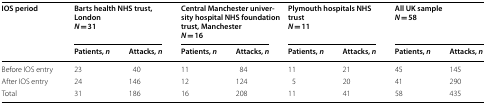
| <ROWSPAN=2> IOS period | <COLSPAN=2> Barts health NHS trust, LondonN = 31 | <COLSPAN=2> Central Manchester university hospital NHS foundation trust, ManchesterN = 16 | <COLSPAN=2> Plymouth hospitals NHS trustN = 11 | <COLSPAN=2> All UK sampleN = 58 |
 | Patients, n | Attacks, n | Patients, n | Attacks, n | Patients, n | Attacks, n | Patients, n | Attacks, n |
 | --- | --- | --- | --- | --- | --- | --- | --- | --- |
 | Before IOS entry | 23 | 40 | 11 | 84 | 11 | 21 | 45 | 145 |
 | After IOS entry | 24 | 146 | 12 | 124 | 5 | 20 | 41 | 290 |
 | Total | 31 | 186 | 16 | 208 | 11 | 41 | 58 | 435 |